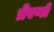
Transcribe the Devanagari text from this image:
प्रेरणों